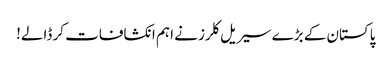
پاکستان کے بڑے سیریل کلرز نے اہم انکشافات کر ڈالے!